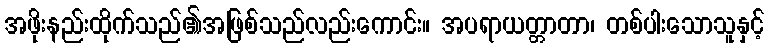
အဖိုးနည်းထိုက်သည်၏အဖြစ်သည်လည်းကောင်း။ အပရာယတ္တာတာ၊ တစ်ပါးသောသူနှင့်